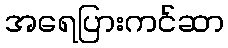
အရေပြားကင်ဆာ